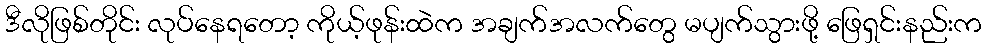
ဒီလိုဖြစ်တိုင်း လုပ်နေရတော့ ကိုယ့်ဖုန်းထဲက အချက်အလက်တွေ မပျက်သွားဖို့ ဖြေရှင်းနည်းက